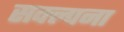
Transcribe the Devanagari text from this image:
सक्ल्पना